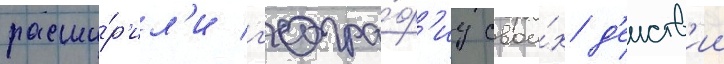
расши́р'ил'и г'еогра́ф'иу свои́х д'еиств'ии